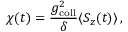
\chi ( t ) = \frac { g _ { \mathrm { c o l l } } ^ { 2 } } { \delta } \langle S _ { z } ( t ) \rangle \, ,